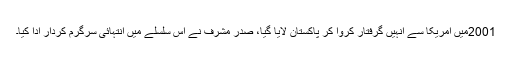
2001میں امریکا سے انہیں گرفتار کروا کر پاکستان لایا گیا، صدر مشرف نے اس سلسلے میں انتہائی سرگرم کردار ادا کیا۔